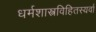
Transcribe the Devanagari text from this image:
धर्मशास्त्रविहितस्यर्वा